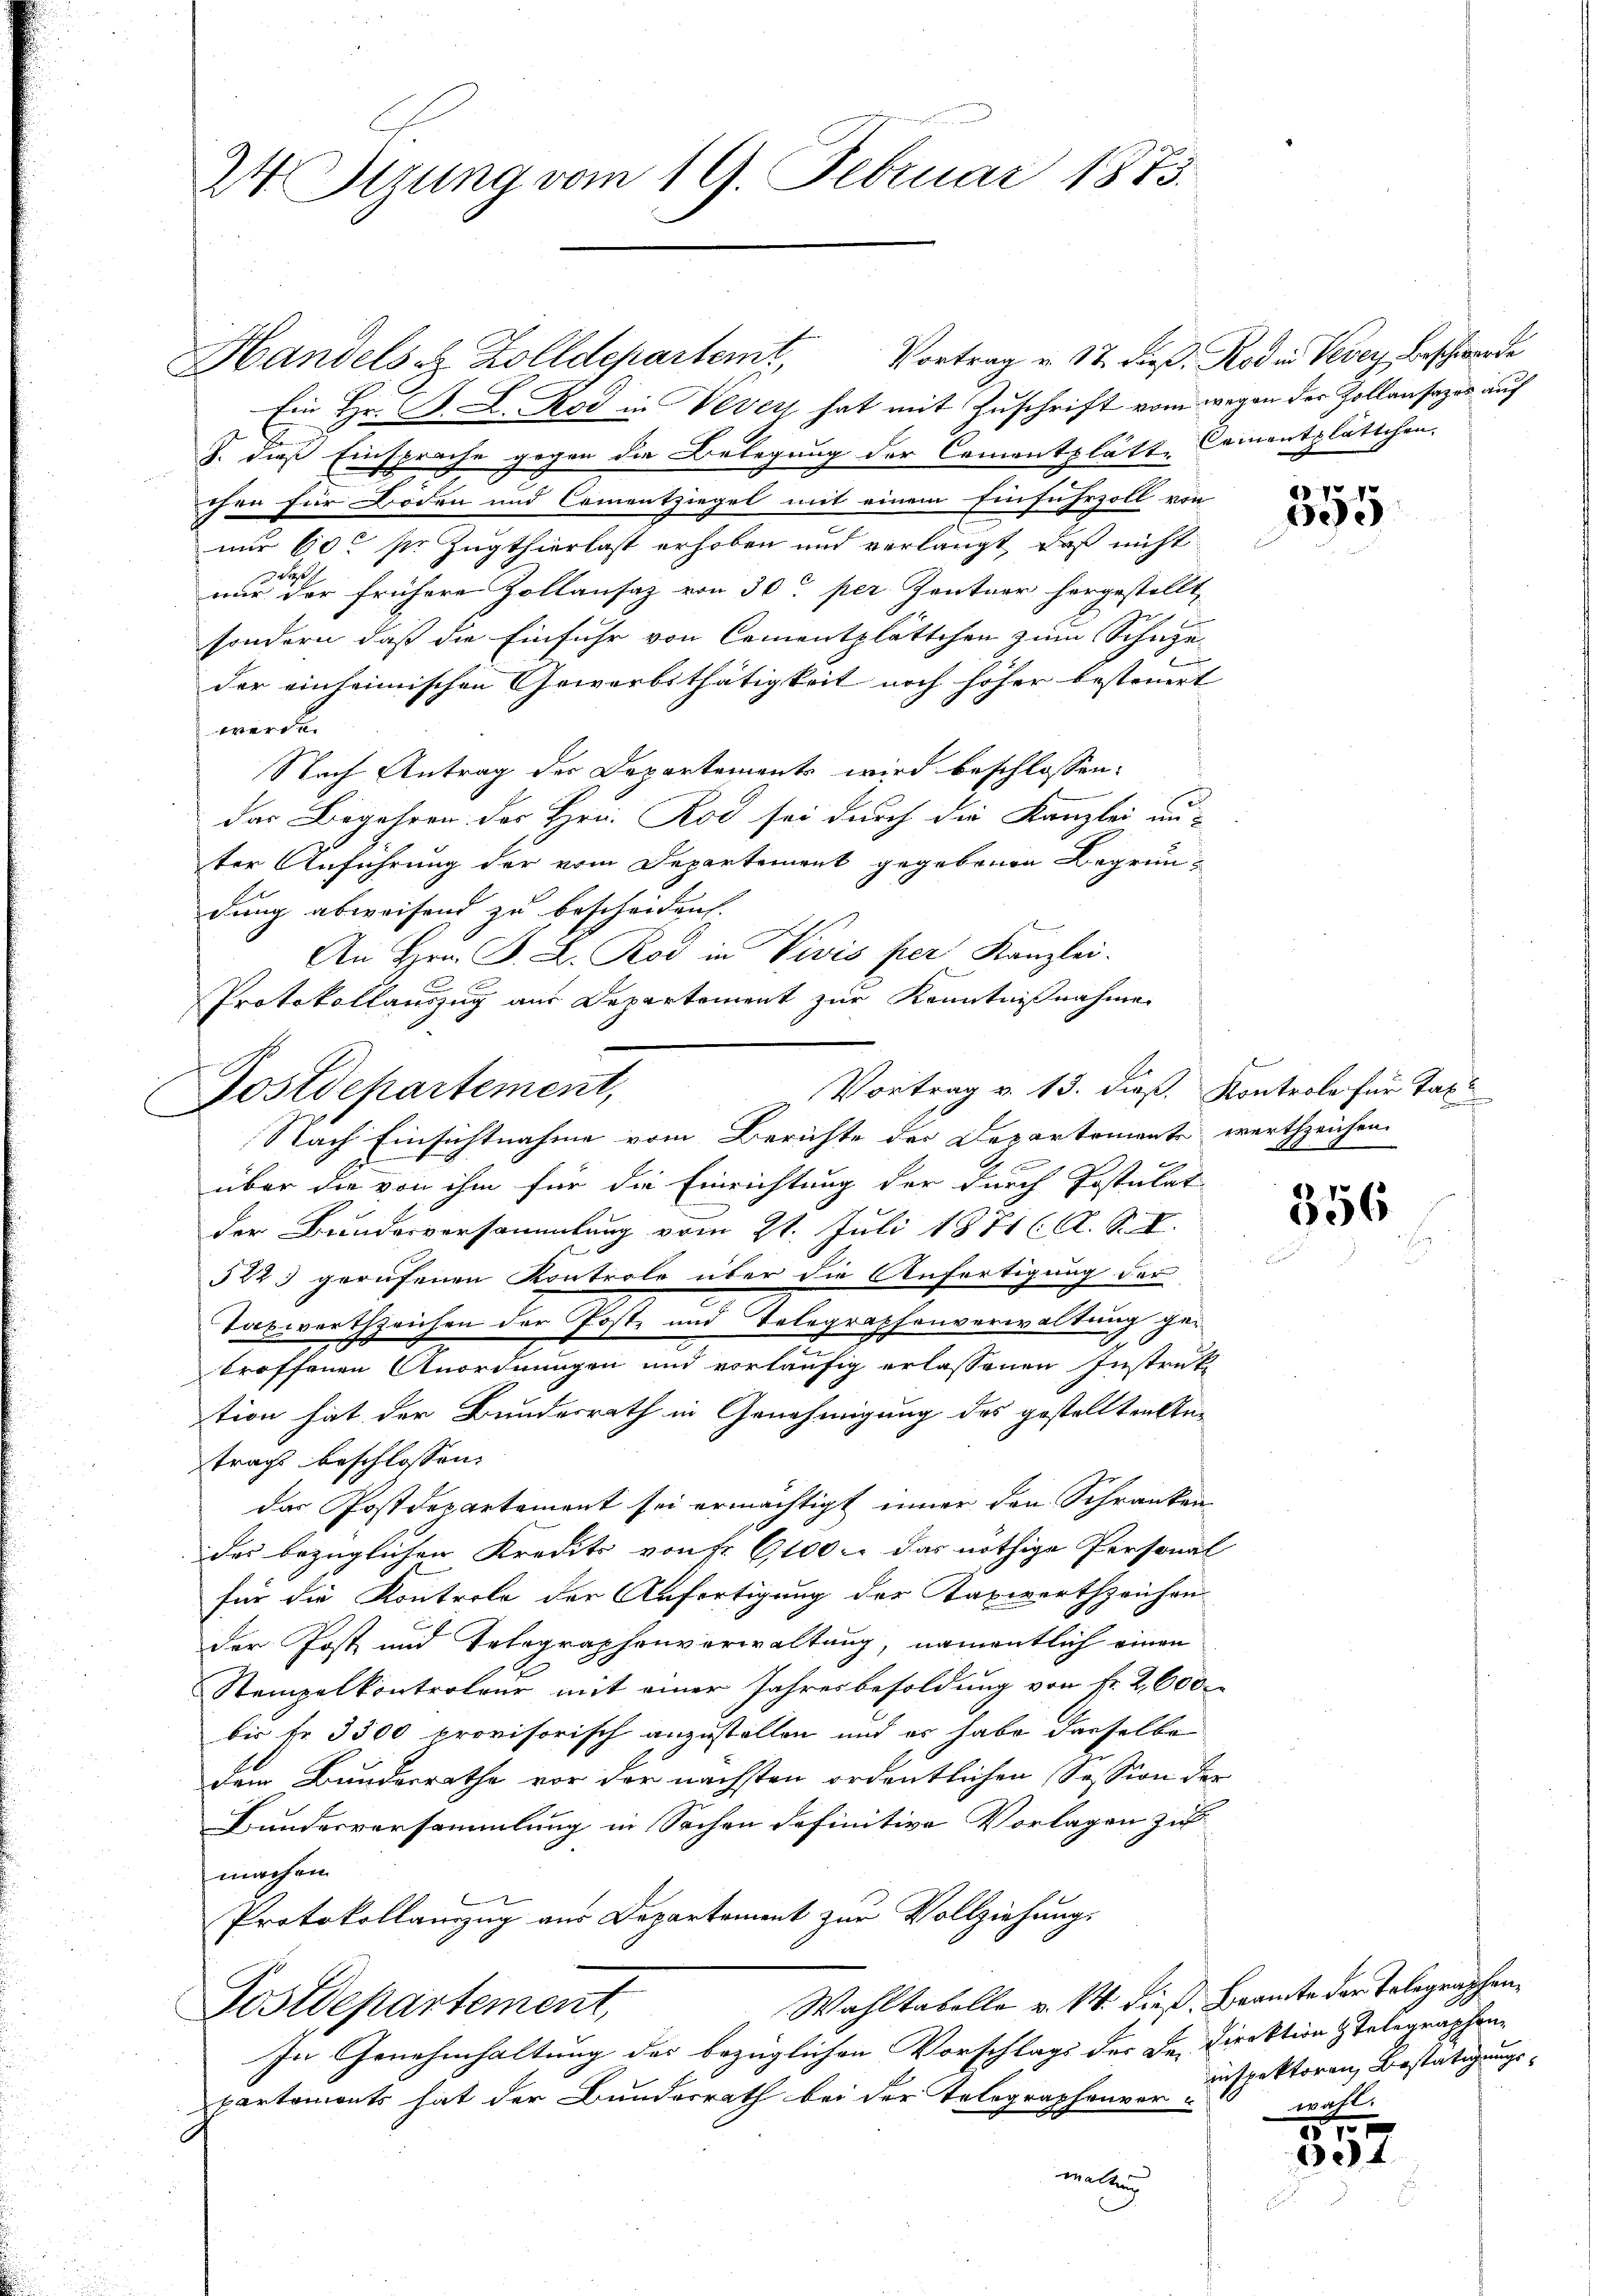
24. Syzung vom 19. Februar 1873.

Postdepartement,

Handels u. Zolldepartem Vortrag u. 12. dieß. Rod in Vevey beschwerde
Ein Hr. C. L. Rod in Vevert hat mit Zuschrift vom wegen der Zollansages auf
S. dies Einsprache gegen die Belegung der Comentplätte Camentplättchen.
chen für Boden und Cementziegel mit einem Einfuhrzoll von
nur 60 sr. Zugthierlast erhoben und verlangt, daß nicht
nur der frühere Zollansaz von 30. per Zentner horgestellt,
sondern, daß die Einfuhr von Cementplättchen zum Schüzeder einheimischen Gewerbsthätigkeit noch höher besteuert
werde.
Nach Antrag der Departements wird beschlossen:
das Begehren des Hrn. Rod sei durch die Kanzlei au-
ter Anführung der vom Departement gegebenen Begründung abweisend zu bescheiden. |
An Hrn. F. L. Rod in Vivis per Kanzlei.
Protokollauszug aus Departement zur Kenntnißnahme
Vortrag v. 13. dieß. Kontrole für Tax
Nach Einsichtnahme vom Berichte der Departemente werthzeichen.
f
über die von ihm für die Einrichtung der durch Postulat
der Brundesversammlung vom 21. Juli 1871 (A. S. I.
5223 gerufenen Kontrole über die Anfertigung der
Taxwertzeichen der Post und Telegraphenverwaltung getroffenen Anordnungen und vorläufig erlassenen Instruk-
tion hat der Bundesrath in Genehmigung des gestellten An-
trag beschlossen:
das Postdepartement sei ermächtigt inner den Schranken
des bezüglichen Kredits von fr. 6100. das nöthige Personal
für die Kontrole der Anfertigung der Taxwertzeichen
der Post und Telegraphenverwaltung, namentlich einen
Stempelkontroleur mit einer Jahresbesoldung von Fr. 2600.
bis fr. 3300 provisorisch anzustellen und es habe derselbe
dem Bundesrathe vor der nächsten ordentlichen Session der
Bunderversammlung in Sachen definitive Vorlagen zu
machen.
Protokollanzug aus Departement zur Vollziehung,
Wahltabelle v. 14. dieß Beamte der Telegraphen¬
Postdepartement,
In Genehmhaltung des bezüglichen Vorschlags der Dr. Direktion telegraphen-
partemonts hat der Bundesrath bei der Telographenvor-
matten

e
e
95

356

inspektoren Bestätigungswäll.

17 x
134